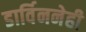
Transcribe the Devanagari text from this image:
डार्विननेही